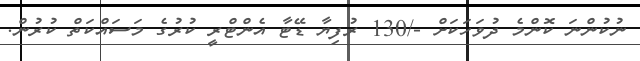
ނުކުންނަ ކޮންމެ ދުވަހަކަށް -/130 ރުފިޔާ ޑޭޓާ އެންޓްރީ ކުރުގެ މަސައްކަތް ކުރުން.